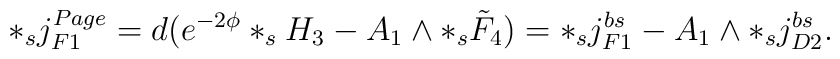
*_s j_{F1}^{Page} = d(e^{-2\phi} *_sH_3 - A_1 \wedge *_s \tilde F_4)= *_s j_{F1}^{bs} - A_1 \wedge *_s j_{D2}^{bs}.